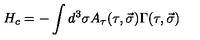
H _ { c } = - \int { d ^ { 3 } \sigma A _ { \tau } ( \tau , \vec { \sigma } ) \Gamma ( \tau , \vec { \sigma } ) }